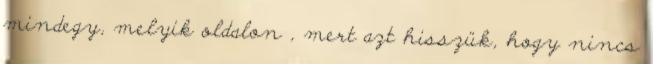
mindegy, melyik oldalon , mert azt hisszük, hogy nincs